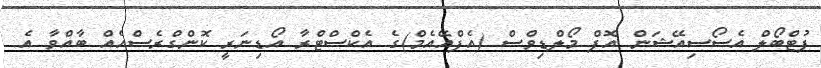
ފުޓްބޯލް އެސޯސިއޭޝަން އޮފް މޯލްޑިވްސް (އެފްއޭއެމް)ގެ އެކްސްޓްރާ އޯޑިނަރީ ކޮންގްރެސްއެއް ބާއްވާ އެ